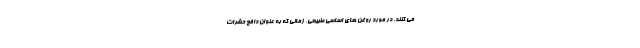
می کنند. در مورد روغن های اساسی طبیعی، زمانی که به عنوان دافع حشرات